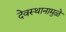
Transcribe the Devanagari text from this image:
देवस्थानामुळे